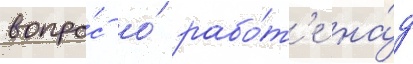
вопро́с о́ рабо́т'е на́д